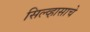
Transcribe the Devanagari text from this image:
सिल्व्हासाचे